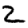
Digit: 2